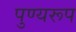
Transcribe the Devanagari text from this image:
पुण्यरूप